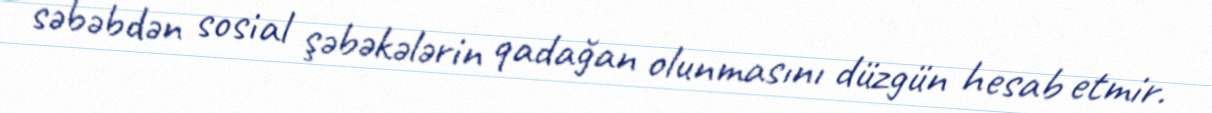
səbəbdən sosial şəbəkələrin qadağan olunmasını düzgün hesab etmir.